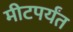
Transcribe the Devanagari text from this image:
मीटपर्यंत